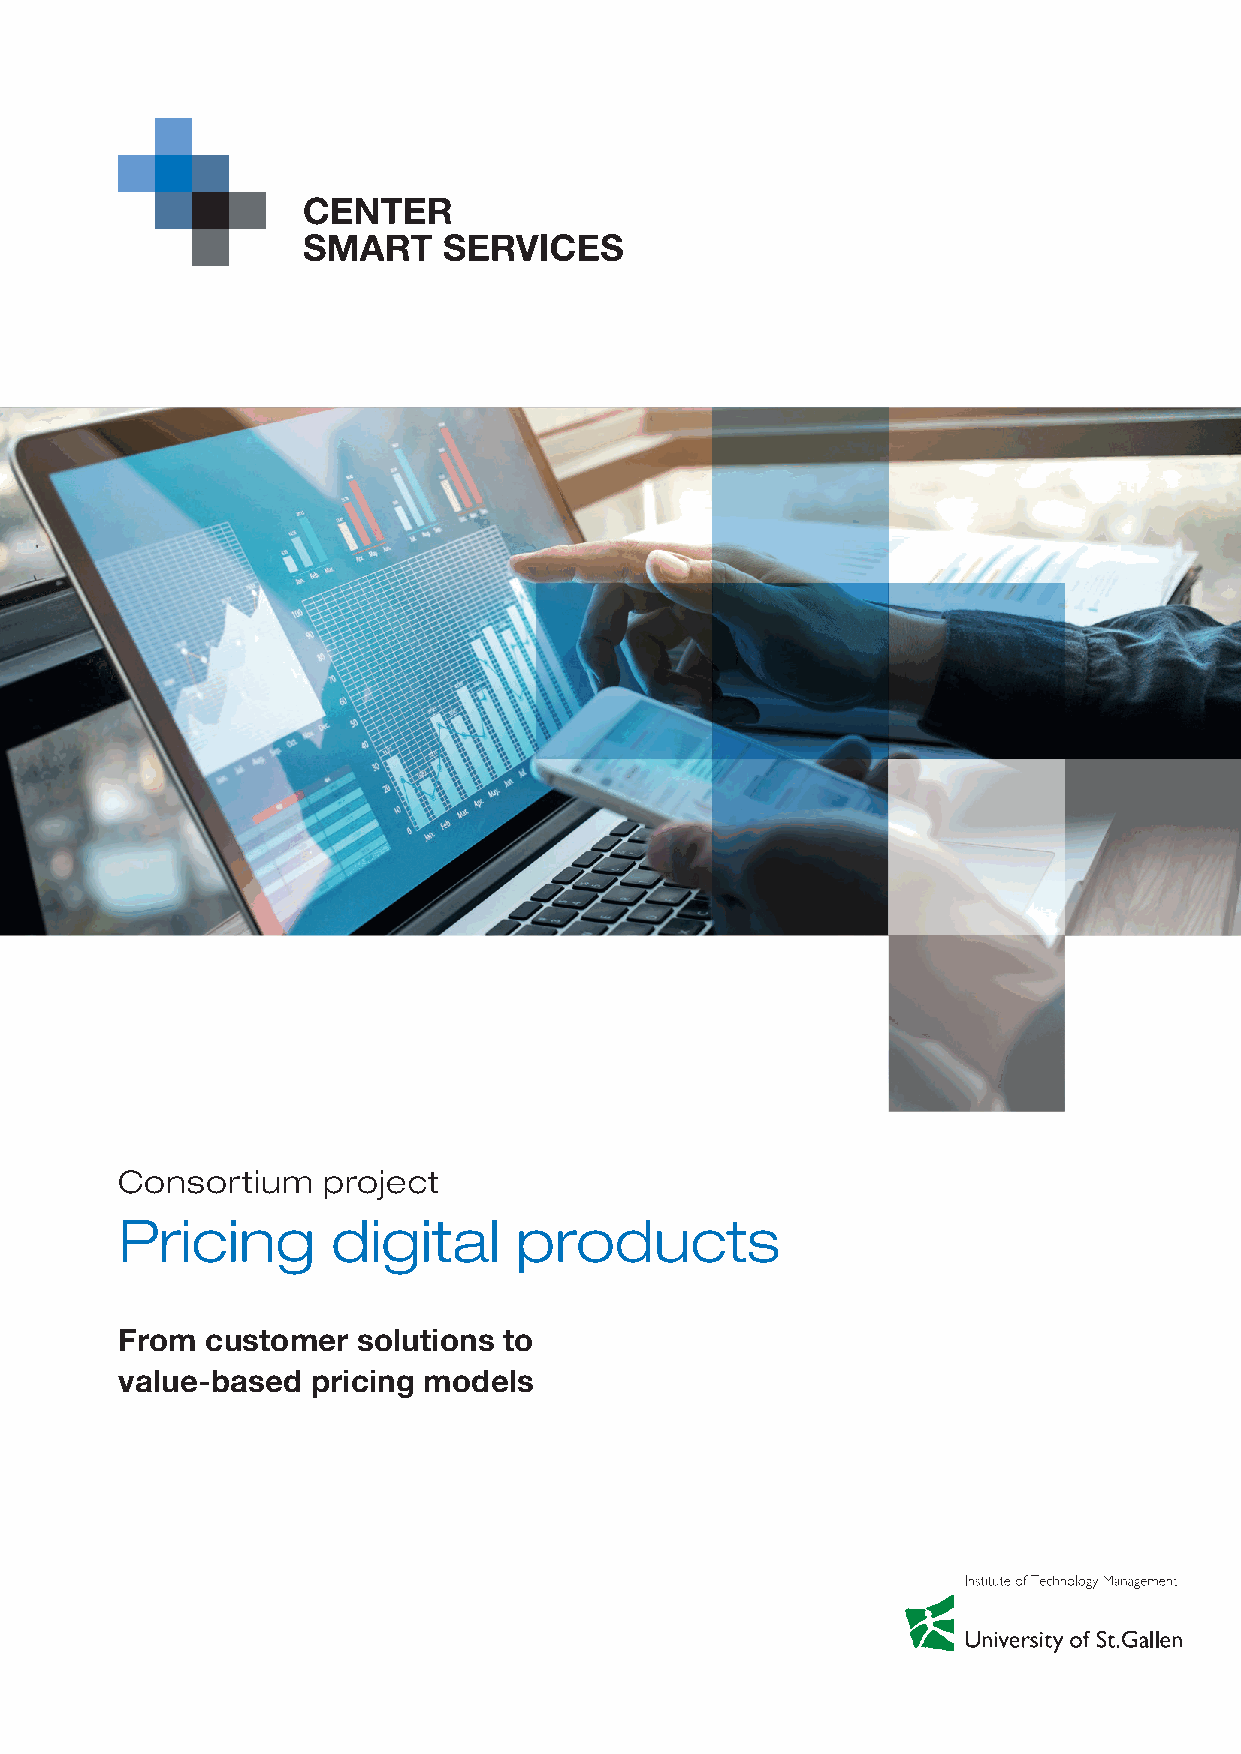
Consortial Project
 Consortium   project
 Pricing       digital     products
 From  customer  solutions to
 value-based  pricing models